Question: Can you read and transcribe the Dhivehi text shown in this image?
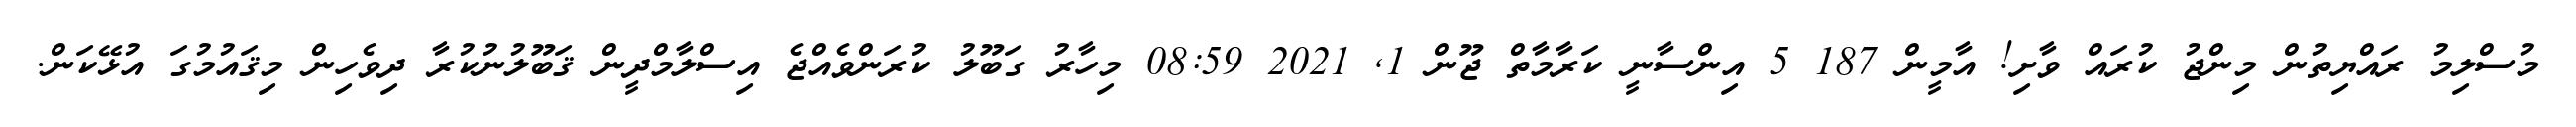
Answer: މުސްލިމު ރައްޔިތުން މިންޖު ކުރައް ވާށި! އާމީން 187 5 އިންސާނީ ކަރާމާތް ޖޫން 1, 2021 08:59 މިހާރު ގަބޫލު ކުރަންވެއްޖެ އިސްލާމްދީން ޤަބޫލުނުކުރާ ދިވެހިން މިޤައުމުގަ އުޅޭކަން.